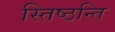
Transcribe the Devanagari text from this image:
स्तिष्ठन्ति